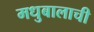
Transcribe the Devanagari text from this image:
मधुबालाची